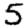
Digit: 5